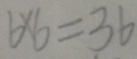
6 \times 6 = 3 6